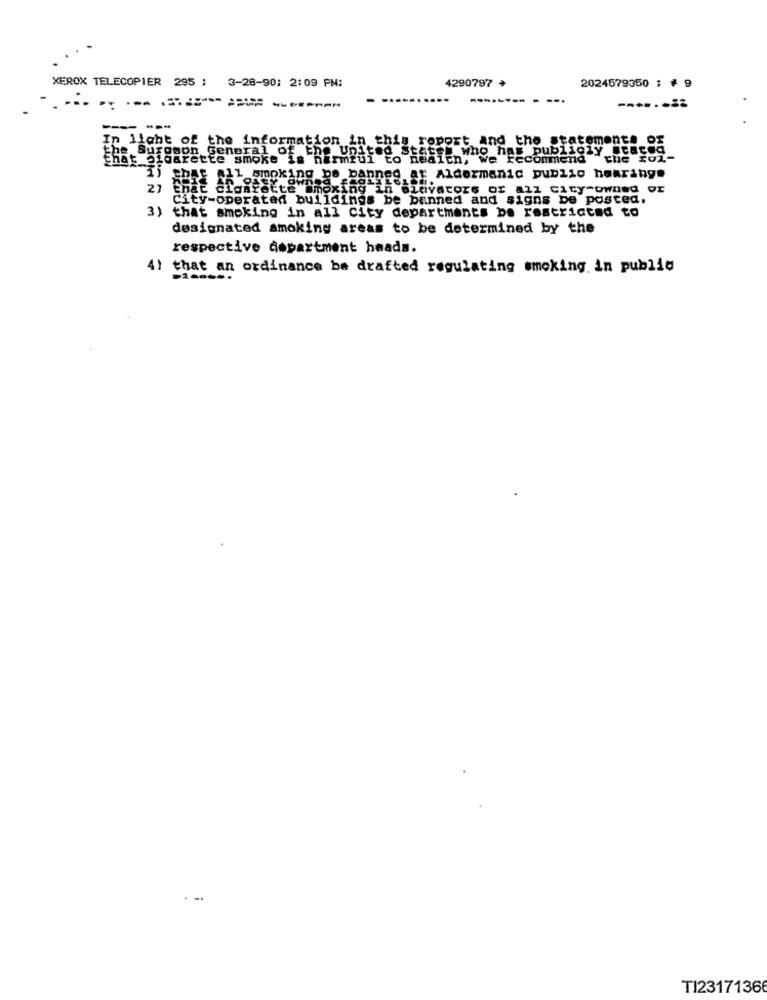
XEROX TELECOPIER 295 : 3-28-90; 2:09 PM:
4290797 *
2024579350 ; # 9
-------- -
---
In llaht of the information in this report and the statements of
the Suroson General of
that sigarette smoke is harmful to Heal" who has publicly eracea
the unt
in, we recommend "the FOL-
EDAt All smoking be banned at Aldermanic public hearings
27
Enat cigarette Imoxing in elevators of all City-owned Or
City-operated buildings be banned and signs be posted.
3) that smoking in all City departments be restricted to
designated smoking areas to be determined by the
respective department heads.
that an ordinance ba drafted regulating smoking in public
TI23171366